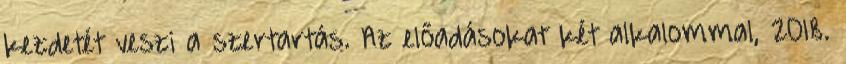
kezdetét veszi a szertartás. Az előadásokat két alkalommal, 2018.